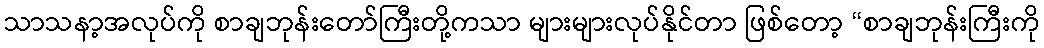
သာသနာ့အလုပ်ကို စာချဘုန်းတော်ကြီးတို့ကသာ များများလုပ်နိုင်တာ ဖြစ်တော့ “စာချဘုန်းကြီးကို